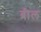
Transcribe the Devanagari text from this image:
ब्रील